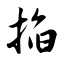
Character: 掐